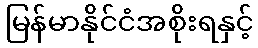
မြန်မာနိုင်ငံအစိုးရနှင့်